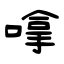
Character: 嗱